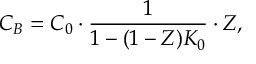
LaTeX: C _ { B } = C _ { 0 } \cdot \frac { 1 } { 1 - ( 1 - Z ) K _ { 0 } } \cdot Z ,